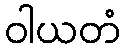
ဝါယတံ